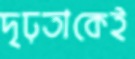
দৃঢ়তাকেই